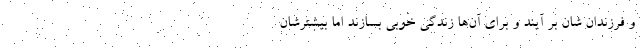
و فرزندان شان بر آیند و برای آن‌ها زندگی خوبی بسازند اما بیشترشان